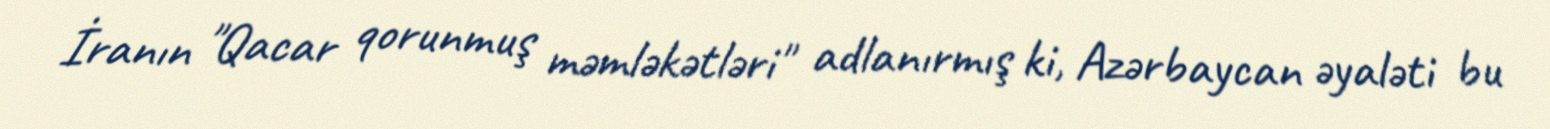
İranın "Qacar qorunmuş məmləkətləri" adlanırmış ki, Azərbaycan əyaləti bu